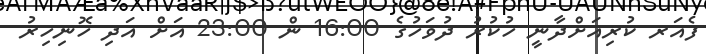
ފެއަރ ކުރިއަށްދާނީ ހުކުރު ދުވަހުގެ 16:00 ން 23:00 އަށް އަދި ހޮނިހިރު